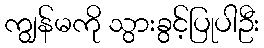
ကျွန်မကို သွားခွင့်ပြုပါဦး